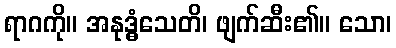
ရာဂကို။ အနုဒ္ဓံသေတိ၊ ဖျက်ဆီး၏။ သော၊